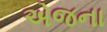
એજના